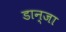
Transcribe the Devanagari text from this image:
डान्जा